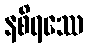
နစိရဿေ